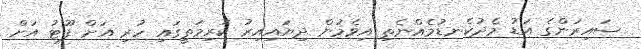
ސައިރަންގެ އަޑު މެދުކެނޑުމެއްނެތި އިވެމުން ދިޔައިއިރު ކުރިމަތީގައި ހުރި އަށް ފޫޓު އަށް